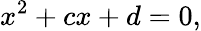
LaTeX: x^{2}+cx+d=0,